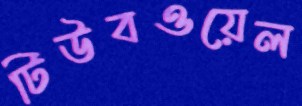
টিউবওয়েল